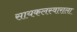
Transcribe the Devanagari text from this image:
सायकलस्वाराला